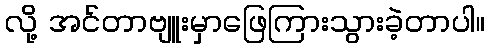
လို့ အင်တာဗျူးမှာဖြေကြားသွားခဲ့တာပါ။